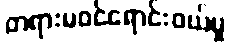
တရားမဝင်ရောင်းဝယ်မှု